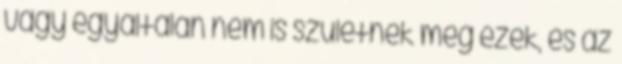
vagy egyáltalán nem is születnek meg ezek, és az